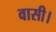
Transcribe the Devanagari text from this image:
वासी।